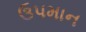
ઉપમાન